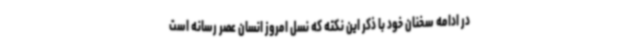
در ادامه سخنان خود با ذکر این نکته که نسل امروز انسان عصر رسانه است